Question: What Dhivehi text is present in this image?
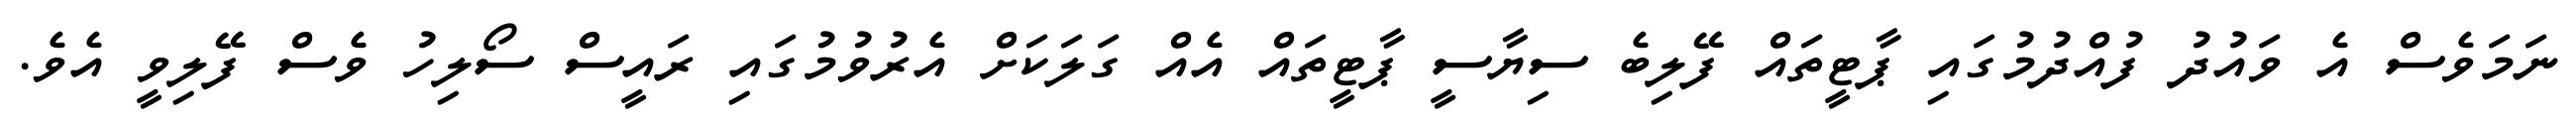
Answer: ނަމަވެސް އެ ވައުދު ފުއްދުމުގައި ޕާޓީތައް ފޭލިބެ ސިޔާސީ ޕާޓީތައް އެއް ގަލަކަށް އެރުވުމުގައި ރައީސް ސޯލިހު ވެސް ފޭލިވީ އެވެ.